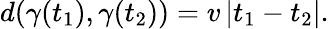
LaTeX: d(\gamma(t_{1}),\gamma(t_{2}))=v\left|t_{1}-t_{2}\right|.